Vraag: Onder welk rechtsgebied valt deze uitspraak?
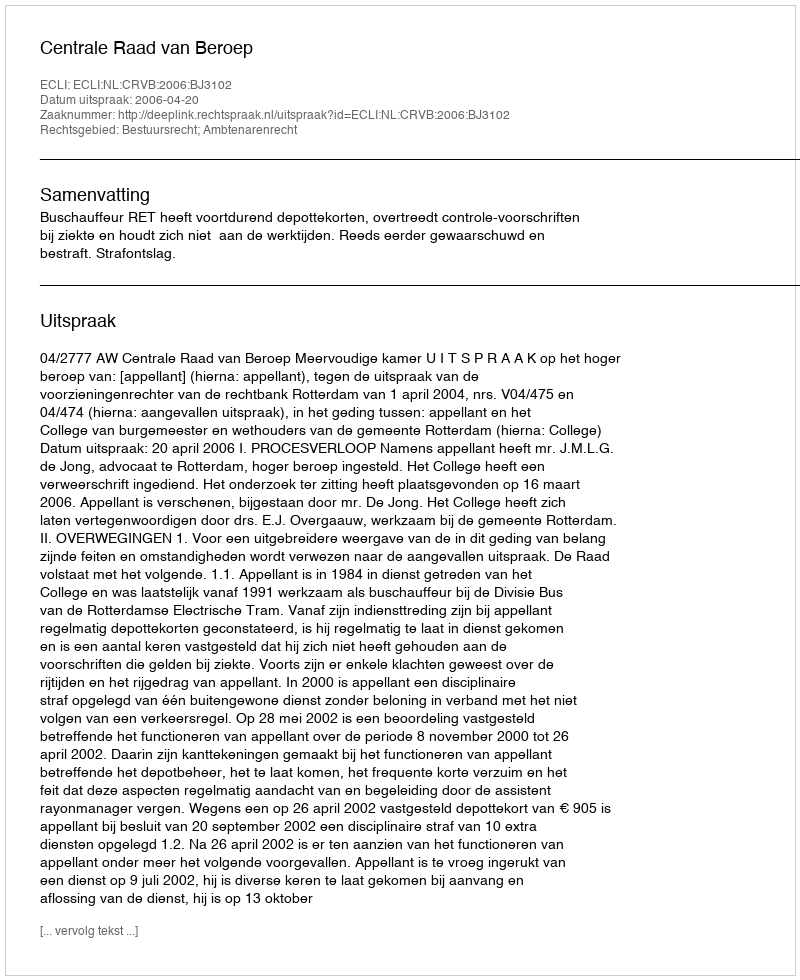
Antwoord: Bestuursrecht; Ambtenarenrecht